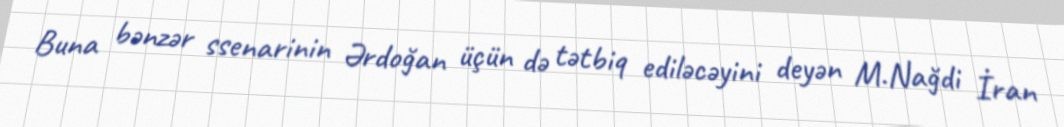
Buna bənzər ssenarinin Ərdoğan üçün də tətbiq ediləcəyini deyən M.Nağdi İran